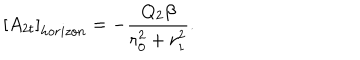
LaTeX: \left[ A _ { 2 t } \right] _ { h o r i z o n } = - \frac { Q _ { 2 } \beta } { r _ { 0 } ^ { 2 } + r _ { 1 } ^ { 2 } } .